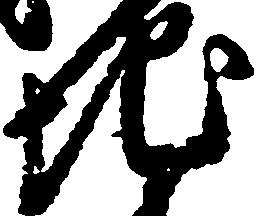
地